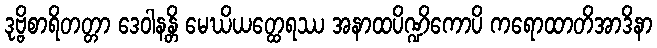
ဒုဗ္ဗိစာရိတတ္တာ ဒေဝါနန္တိ မေဃိယတ္ထေရဿ အနာထပိဏ္ဍိကောပိ ကရောထာတိအာဒိနာ